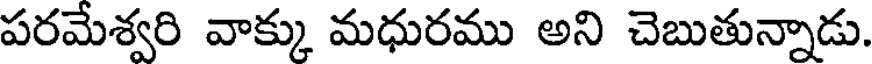
పరమేశ్వరి వాక్కు మధురము అని చెబుతున్నాడు.